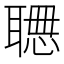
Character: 𱻾